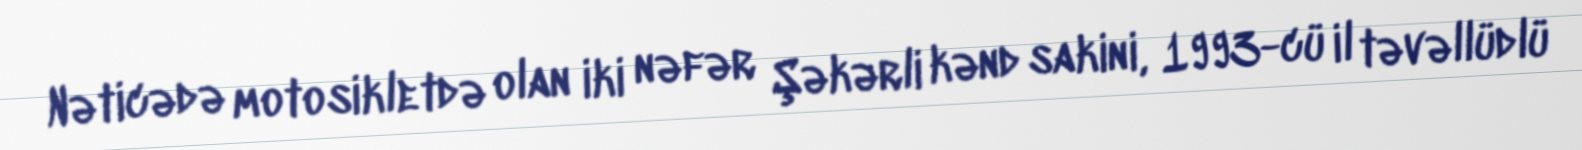
Nəticədə motosikletdə olan iki nəfər Şəkərli kənd sakini, 1993-cü il təvəllüdlü